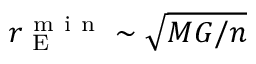
r _ { \mathrm { ~ E ~ } } ^ { \mathrm { ~ m ~ i ~ n ~ } } \sim \sqrt { M G / n }